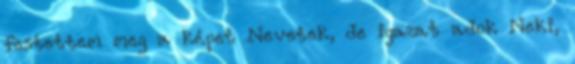
festettem meg a képet Nevetek, de igazat adok Neki,